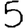
Digit: 5